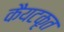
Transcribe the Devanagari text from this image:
कैयटकृत